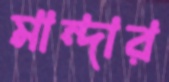
মান্দার